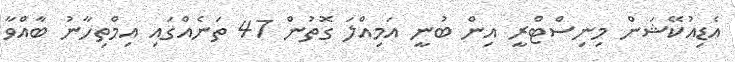
އެޑިއުކޭޝަން މިނިސްޓްރީ އިން ބުނީ އަމިއްލަ ގޮތުން 47 ތަނެއްގައި އިމްތިހާނު ބާއްވާ